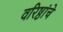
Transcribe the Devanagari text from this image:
वरिष्ठांचे